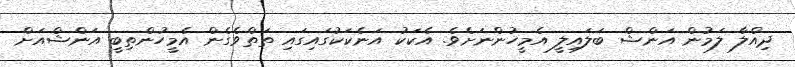
ދިއްލާ ލަމުން އަންޝް ބަލައިލީ އެމީހުންނަށެވެ. އެކަކު އަނެކަކުގައިގައި ތަތްވެގެން އެމީހުންތިބީ އަންޝްއަށް